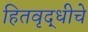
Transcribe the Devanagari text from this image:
हितवृद्धीचे